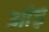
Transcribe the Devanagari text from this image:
आंड़